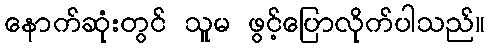
နောက်ဆုံးတွင် သူမ ဖွင့်ပြောလိုက်ပါသည်။